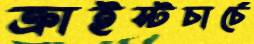
ক্রাইস্টচার্চে